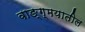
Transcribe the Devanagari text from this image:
वाङ्ग्मयातील